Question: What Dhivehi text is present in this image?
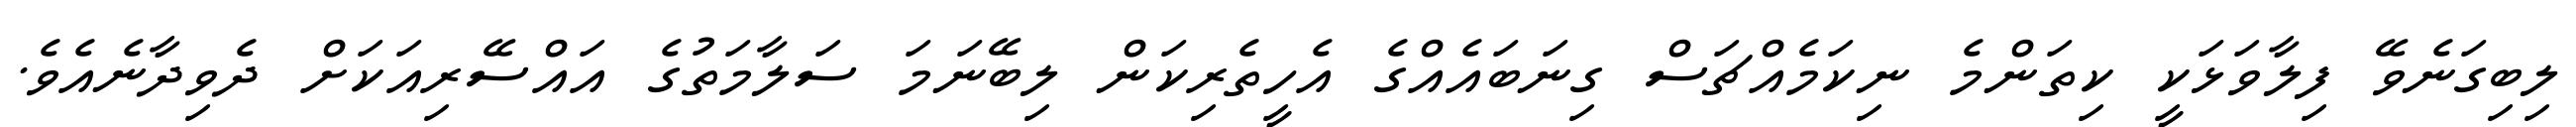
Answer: ލިބިގަނެވޭ ފިލާވަޅަކީ ކިތަންމެ ނިކަމެއްޗަސް ގިނަބައެއްގެ އެހީތެރިކަން ލިބޭނަމަ ސަލާމަތުގެ އައްސޭރިއަކަށް ދެވިދާނެއެވެ.